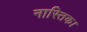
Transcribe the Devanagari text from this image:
नास्तिक।